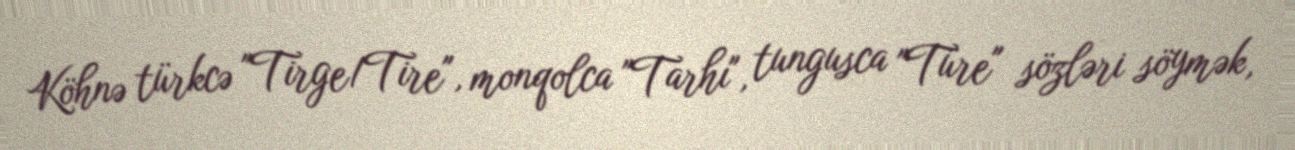
Köhnə türkcə "Tirge/Tire", monqolca "Tarhı", tungusca "Türe" sözləri söymək,